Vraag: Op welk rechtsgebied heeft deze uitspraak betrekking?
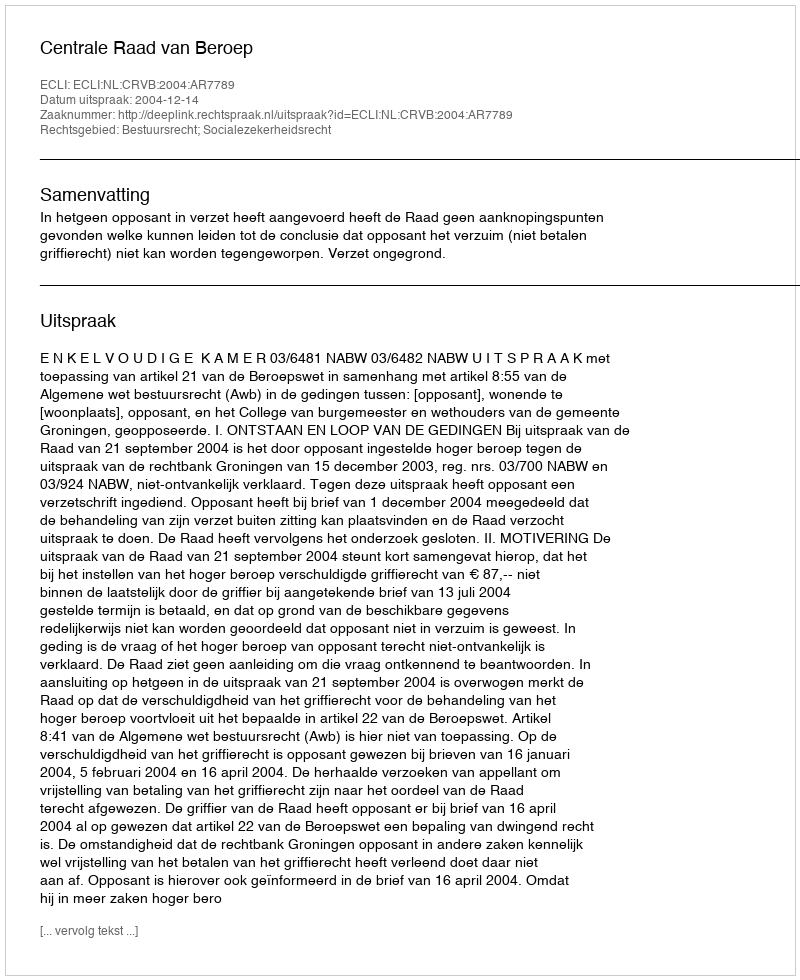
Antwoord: Bestuursrecht; Socialezekerheidsrecht